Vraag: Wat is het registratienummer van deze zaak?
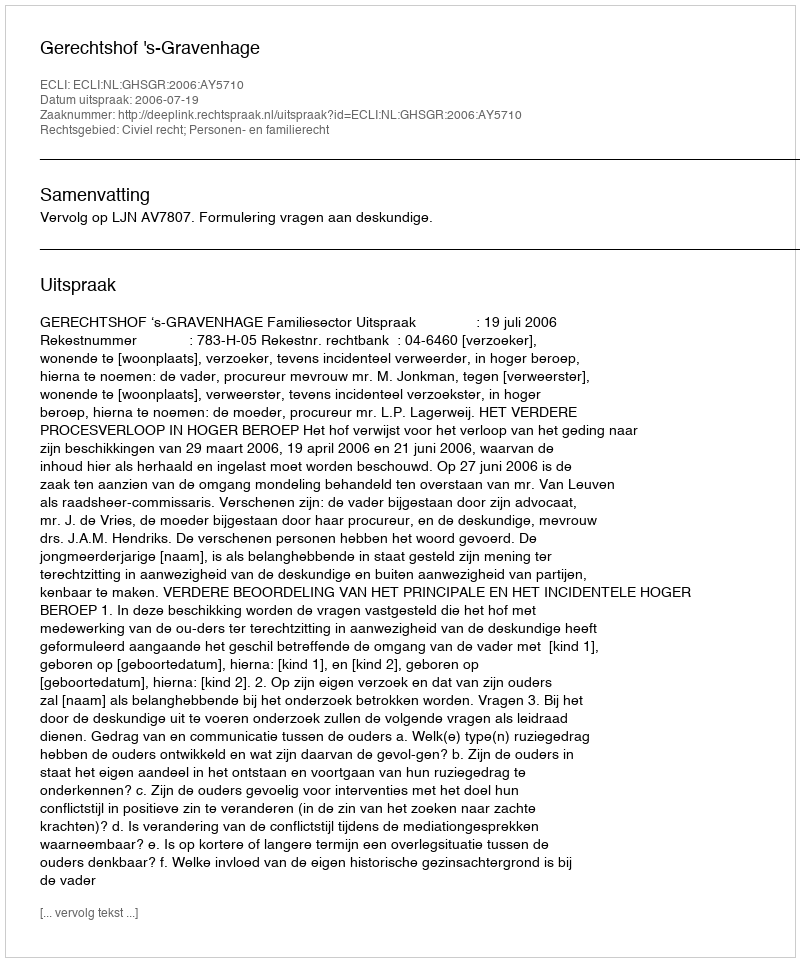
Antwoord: http://deeplink.rechtspraak.nl/uitspraak?id=ECLI:NL:GHSGR:2006:AY5710